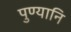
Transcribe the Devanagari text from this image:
पुण्यानि